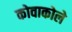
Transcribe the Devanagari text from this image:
कोवाकोले